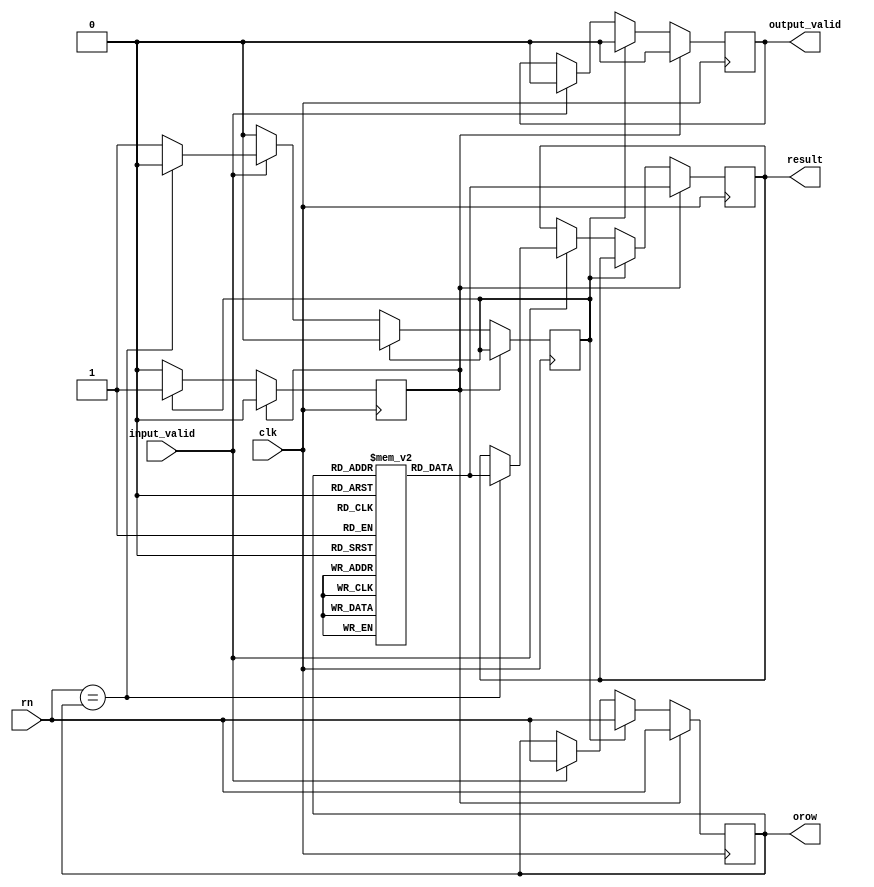
module read(clk, rn, input_valid, result, orow, output_valid);

input [3:0] rn;

input clk;
input input_valid;
output output_valid;
output [3:0] orow;
output [31:0] result;
reg output_valid,two_cycles_delay_var,one_cycle_delay_var,initially;
reg [31:0] r [15:0];
reg [31:0] result;
reg [3:0] orow;

always @ ( posedge clk ) begin

  
  if(two_cycles_delay_var==1) begin
    result<=r[orow];
    two_cycles_delay_var<=0;
    output_valid<=1;
    orow<=rn;
    output_valid<=#3 0;
  end

  else if(one_cycle_delay_var==1) begin
    if(initially==1) begin
    $display("time:%d, No row is open",$time);
    initially=0;
    end

    two_cycles_delay_var<=1;
    one_cycle_delay_var<=0;
    output_valid<=0;
    orow<=rn;
  end
  
  else if (input_valid == 1) begin
    if (rn==orow) begin
        $display("time:%d, Case#3 (Open row no. is the same as input row no.",$time);
        output_valid <= 1;
        output_valid<=#3 0;
        result<=r[orow];
        orow=rn;
        
    end
    else begin
        $display("time:%d, Case#1 (Input row no. and open row no. are different)",$time);
        output_valid <= 0;
        one_cycle_delay_var<=1;
        orow<= rn;
    end
  end

  
end

initial begin
  one_cycle_delay_var=1;
  two_cycles_delay_var=0;
  output_valid=0;
  initially=1;
  r[0] = 0;
  r[1] = 1;
  r[2] = 2;
  r[3] = 3;
  r[4] = 4;
  r[5] = 5;
  r[6] = 6;
  r[7] = 7;
  r[8] = 8;
  r[9] = 9;
  r[10] = 10;
  r[11] = 11;
  r[12] = 12;
  r[13] = 13;
  r[14] = 14;
  r[15] = 15;
end




endmodule